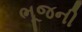
ભૂજની